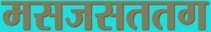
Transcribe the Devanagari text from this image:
मसजसततग